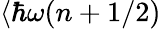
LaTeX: \langle\hbar\omega(n+1/2)